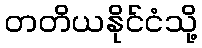
တတိယနိုင်ငံသို့